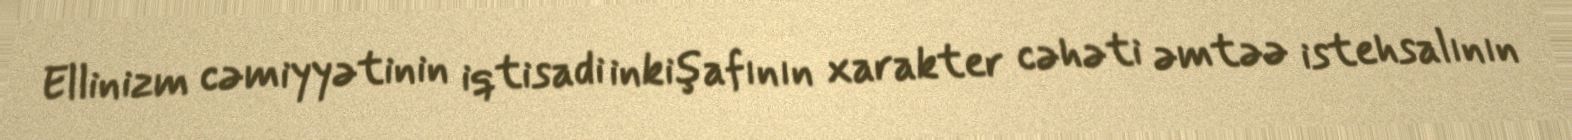
Ellinizm cəmiyyətinin iqtisadi inkişafının xarakter cəhəti əmtəə istehsalının